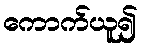
ကောက်ယူ၍